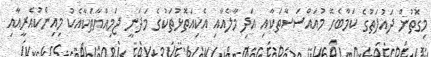
މިގޮތުން ދައުލަތުގެ ކަމާބެހޭ މުއައްސަސާތަކާއި އަދި މާލެއާއި އެކިއަތޮޅުތަކުގެ މަދަނީ ޖަމިއްޔާތަކާއެކު މިއިންކުއެރީއާއި